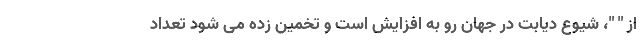
از " "، شیوع دیابت در جهان رو به افزایش است و تخمین زده می شود تعداد